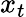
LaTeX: x_{t}